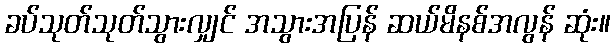
ခပ်သုတ်သုတ်သွားလျှင် အသွားအပြန် ဆယ်မိနစ်အလွန် ဆုံး။